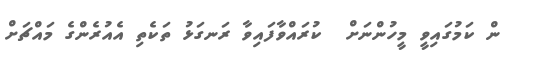
ން ކަމުގައިވީ މީހުންނަށް  ކުރައްވާފައިވާ ރަނގަޅު ތަކެތި އެއުރެންގެ މައްޗަށް